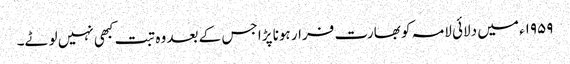
۱۹۵۹ء میں دلائی لامہ کو بھارت فرار ہونا پڑا جس کے بعد وہ تبت کبھی نہیں لوٹے۔